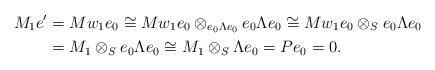
LaTeX: \begin{align*}M_1e' &= Mw_1e_0 \cong Mw_1e_0 \otimes _{e_{0}\Lambda e_{0}}e_{0}\Lambda e_{0} \cong Mw_1e_0\otimes _{S}e_{0}\Lambda e_{0}\\ &= M_1 \otimes _{S}e_{0}\Lambda e_{0} \cong M_1\otimes _{S}\Lambda e_{0} = Pe_0 =0.\end{align*}